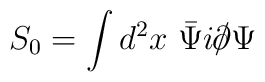
S_0 = \int d^2x~\bar{\Psi} i \raise.15ex\hbox {$/$}\kern-.57em\hbox{$\partial$} \Psi